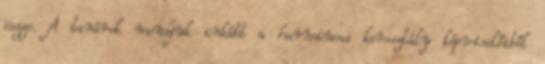
öszze. A tanárok mondjuk inkább a harmincas korosztály képviselőiből